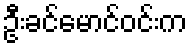
ဦးခင်မောင်ဝင်းက